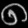
Digit: ၈